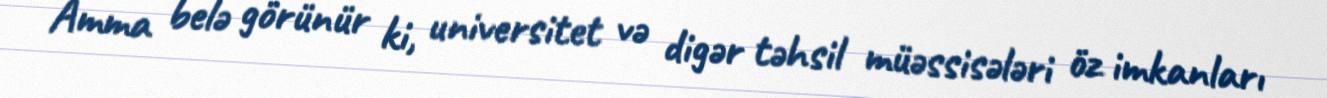
Amma belə görünür ki, universitet və digər təhsil müəssisələri öz imkanları